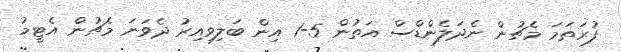
ފުރަތަމަ މެޗުން ނެދަލެންޑްސް އަތުން 5-1 އިން ބަލިވިއިރު ދެވަނަ މެޗުން އެޓީމު